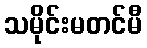
သမိုင်းမတင်မီ